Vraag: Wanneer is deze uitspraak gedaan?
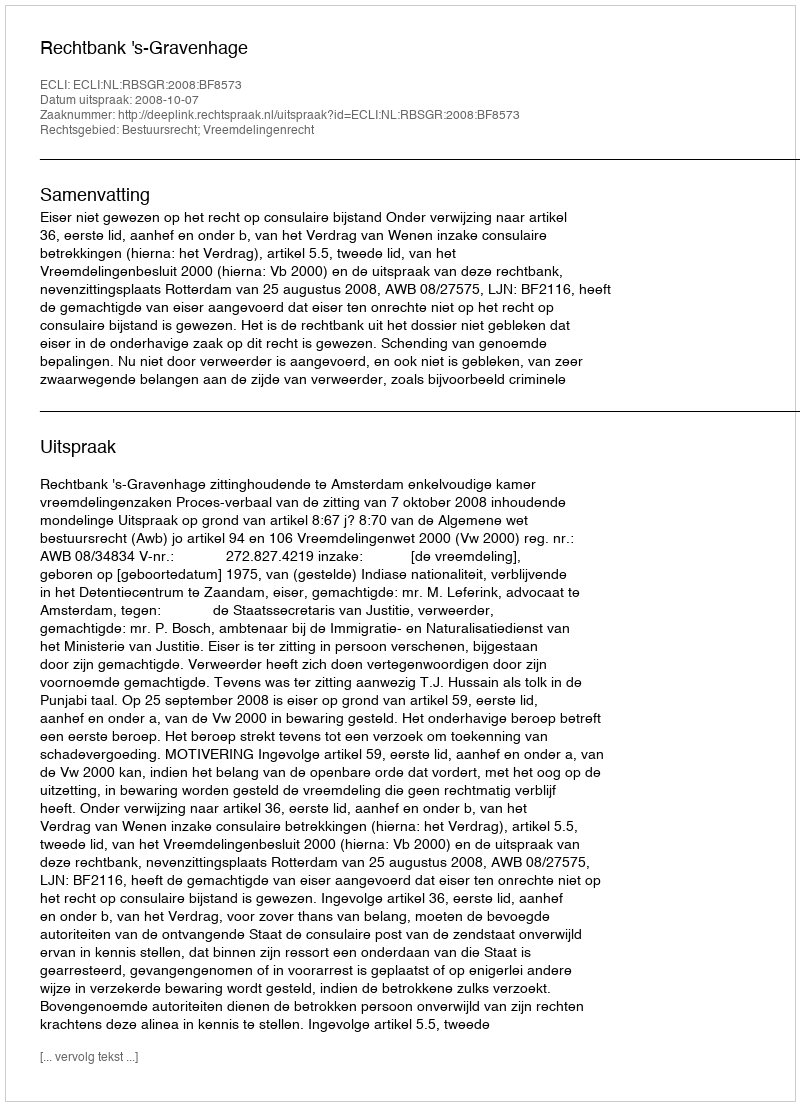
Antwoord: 2008-10-07